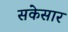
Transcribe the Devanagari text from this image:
सकेसार